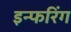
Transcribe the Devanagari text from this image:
इन्फरिंग